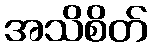
အသိစိတ်